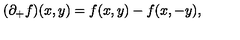
( \partial _ { + } f ) ( x , y ) = f ( x , y ) - f ( x , - y ) ,